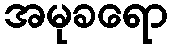
အမုခရော